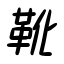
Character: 靴